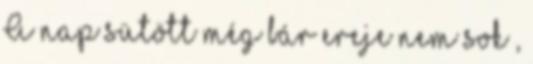
A nap sütött még bár ereje nem sok ,